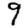
Digit: 9